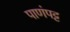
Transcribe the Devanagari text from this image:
पाणंपट्ट